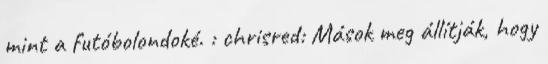
mint a futóbolondoké. : chrisred: Mások meg állítják, hogy